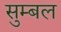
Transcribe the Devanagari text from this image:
सुम्बल